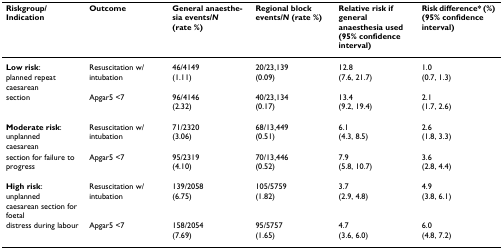
<table><thead><tr><td><b>Riskgroup/Indication</b></td><td><b>Outcome</b></td><td><b>General anaesthesia events/<i>N </i>(rate %)</b></td><td><b>Regional block events/<i>N </i>(rate %)</b></td><td><b>Relative risk if general anaesthesia used (95% confidence interval)</b></td><td><b>Risk difference* (%) (95% confidence interval)</b></td></tr></thead><tbody><tr><td><b>Low risk</b>:planned repeat</td><td>Resuscitation w/intubation</td><td>46/4149(1.11)</td><td>20/23,139(0.09)</td><td>12.8(7.6, 21.7)</td><td>1.0(0.7, 1.3)</td></tr><tr><td>caesarean</td><td></td><td></td><td></td><td></td><td></td></tr><tr><td>section</td><td>Apgar5 &lt;7</td><td>96/4146(2.32)</td><td>40/23,134(0.17)</td><td>13.4(9.2, 19.4)</td><td>2.1(1.7, 2.6)</td></tr><tr><td><b>Moderate risk</b>:unplanned</td><td>Resuscitation w/intubation</td><td>71/2320(3.06)</td><td>68/13,449(0.51)</td><td>6.1(4.3, 8.5)</td><td>2.6(1.8, 3.3)</td></tr><tr><td>caesarean</td><td></td><td></td><td></td><td></td><td></td></tr><tr><td>section for failure to progress</td><td>Apgar5 &lt;7</td><td>95/2319(4.10)</td><td>70/13,446(0.52)</td><td>7.9(5.8, 10.7)</td><td>3.6(2.8, 4.4)</td></tr><tr><td><b>High risk</b>:unplanned</td><td>Resuscitation w/intubation</td><td>139/2058(6.75)</td><td>105/5759(1.82)</td><td>3.7(2.9, 4.8)</td><td>4.9(3.8, 6.1)</td></tr><tr><td>caesarean section for foetal</td><td></td><td></td><td></td><td></td><td></td></tr><tr><td>distress during labour</td><td>Apgar5 &lt;7</td><td>158/2054(7.69)</td><td>95/5757(1.65)</td><td>4.7(3.6, 6.0)</td><td>6.0(4.8, 7.2)</td></tr></tbody></table>